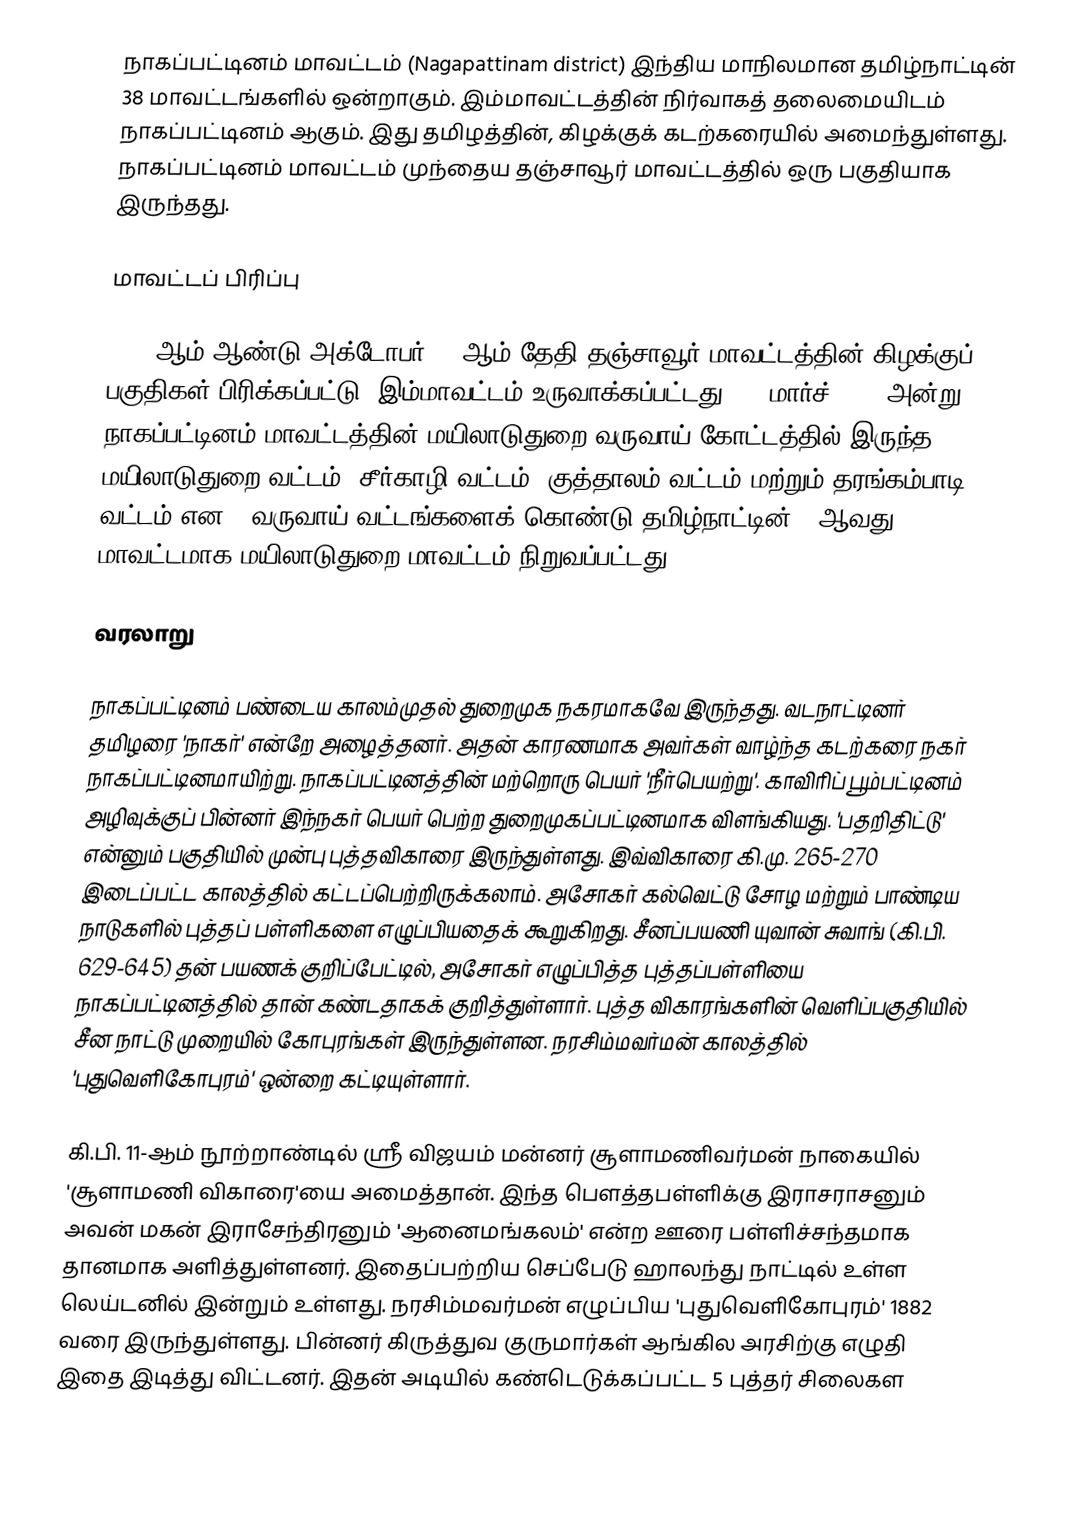
நாகப்பட்டினம் மாவட்டம் (Nagapattinam district) இந்திய மாநிலமான தமிழ்நாட்டின் 38 மாவட்டங்களில் ஒன்றாகும். இம்மாவட்டத்தின் நிர்வாகத் தலைமையிடம் நாகப்பட்டினம் ஆகும். இது தமிழத்தின், கிழக்குக் கடற்கரையில் அமைந்துள்ளது. நாகப்பட்டினம் மாவட்டம் முந்தைய தஞ்சாவூர் மாவட்டத்தில் ஒரு பகுதியாக இருந்தது.

மாவட்டப் பிரிப்பு

1991 ஆம் ஆண்டு அக்டோபர் 18 ஆம் தேதி தஞ்சாவூர் மாவட்டத்தின் கிழக்குப் பகுதிகள் பிரிக்கப்பட்டு, இம்மாவட்டம் உருவாக்கப்பட்டது. 24 மார்ச் 2020 அன்று நாகப்பட்டினம் மாவட்டத்தின் மயிலாடுதுறை வருவாய் கோட்டத்தில் இருந்த மயிலாடுதுறை வட்டம், சீர்காழி வட்டம், குத்தாலம் வட்டம் மற்றும் தரங்கம்பாடி வட்டம் என 4 வருவாய் வட்டங்களைக் கொண்டு தமிழ்நாட்டின் 38ஆவது மாவட்டமாக மயிலாடுதுறை மாவட்டம் நிறுவப்பட்டது.

வரலாறு

நாகப்பட்டினம் பண்டைய காலம்முதல் துறைமுக நகரமாகவே இருந்தது. வடநாட்டினர் தமிழரை 'நாகர்' என்றே அழைத்தனர். அதன் காரணமாக அவர்கள் வாழ்ந்த கடற்கரை நகர் நாகப்பட்டினமாயிற்று. நாகப்பட்டினத்தின் மற்றொரு பெயர் 'நீர்பெயற்று'. காவிரிப் பூம்பட்டினம் அழிவுக்குப் பின்னர் இந்நகர் பெயர் பெற்ற துறைமுகப்பட்டினமாக விளங்கியது. 'பதறிதிட்டு' என்னும் பகுதியில் முன்பு புத்தவிகாரை இருந்துள்ளது. இவ்விகாரை கி.மு. 265-270 இடைப்பட்ட காலத்தில் கட்டப்பெற்றிருக்கலாம். அசோகர் கல்வெட்டு சோழ மற்றும் பாண்டிய நாடுகளில் புத்தப் பள்ளிகளை எழுப்பியதைக் கூறுகிறது. சீனப்பயணி யுவான் சுவாங் (கி.பி. 629-645) தன் பயணக் குறிப்பேட்டில், அசோகர் எழுப்பித்த புத்தப்பள்ளியை நாகப்பட்டினத்தில் தான் கண்டதாகக் குறித்துள்ளார். புத்த விகாரங்களின் வெளிப்பகுதியில் சீன நாட்டு முறையில் கோபுரங்கள் இருந்துள்ளன. நரசிம்மவர்மன் காலத்தில் 'புதுவெளிகோபுரம்' ஒன்றை கட்டியுள்ளார்.

கி.பி. 11-ஆம் நூற்றாண்டில் ஸ்ரீ விஜயம் மன்னர் சூளாமணிவர்மன் நாகையில் 'சூளாமணி விகாரை'யை அமைத்தான். இந்த பெளத்தபள்ளிக்கு இராசராசனும் அவன் மகன் இராசேந்திரனும் 'ஆனைமங்கலம்' என்ற ஊரை பள்ளிச்சந்தமாக தானமாக அளித்துள்ளனர். இதைப்பற்றிய செப்பேடு ஹாலந்து நாட்டில் உள்ள லெய்டனில் இன்றும் உள்ளது. நரசிம்மவர்மன் எழுப்பிய 'புதுவெளிகோபுரம்' 1882 வரை இருந்துள்ளது. பின்னர் கிருத்துவ குருமார்கள் ஆங்கில அரசிற்கு எழுதி இதை இடித்து விட்டனர். இதன் அடியில் கண்டெடுக்கப்பட்ட 5 புத்தர் சிலைகள